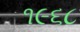
૧૯૬૮